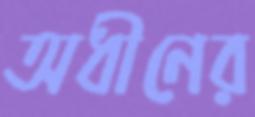
অধীনের